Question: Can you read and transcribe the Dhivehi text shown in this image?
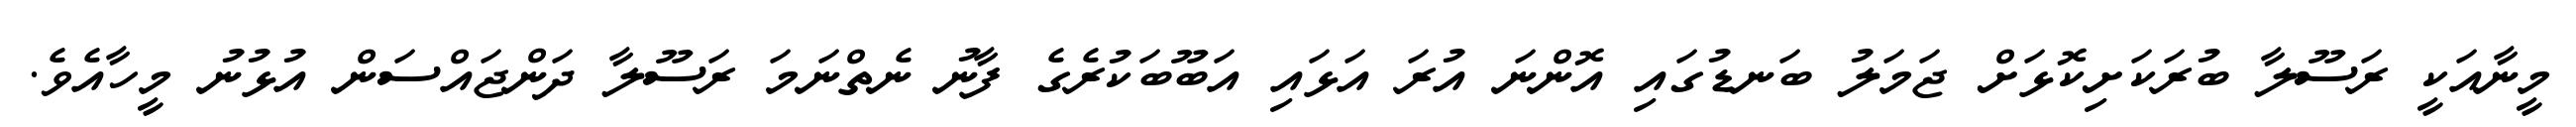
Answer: މީނާއަކީ ރަސޫލާ ބުރަކަށިކޮޅަށް ޖަމަލު ބަނޑުގައި އޮންނަ އުރަ އަޅައި އަބޫބަކުރެގެ ފާނު ނެތްނަމަ ރަސޫލާ ދަންޖައްސަން އުޅުނު މީހާއެވެ.